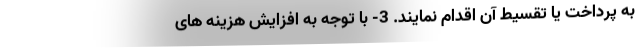
به پرداخت یا تقسیط آن اقدام نمایند. 3- با توجه به افزایش هزینه های